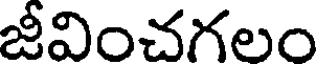
జీవించగలం